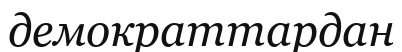
демократтардан